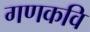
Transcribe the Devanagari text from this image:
गणकवि